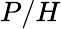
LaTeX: P/H